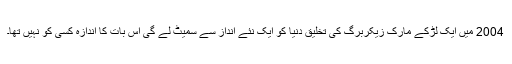
2004 میں ایک لڑکے مارک زیکربرگ کی تخلیق دنیا کو ایک نئے انداز سے سمیٹ لے گی اس بات کا اندازہ کسی کو نہیں تھا۔